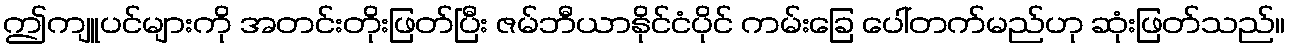
ဤကျူပင်များကို အတင်းတိုးဖြတ်ပြီး ဇမ်ဘီယာနိုင်ငံပိုင် ကမ်းခြေ ပေါ်တက်မည်ဟု ဆုံးဖြတ်သည်။